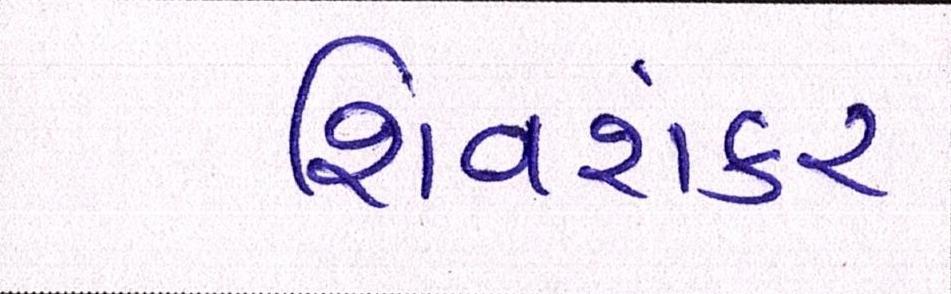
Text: શિવશંકર